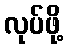
လုပ်ဖို့